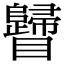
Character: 𥍁